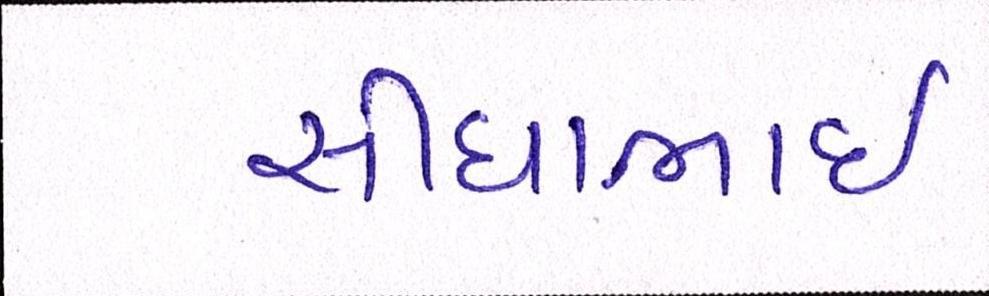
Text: સીદાભાઈ